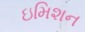
ઇમિશન